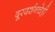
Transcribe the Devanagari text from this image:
दूरदर्शनचेही